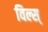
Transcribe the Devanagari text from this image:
विल्स्